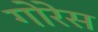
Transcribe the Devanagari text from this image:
गोरेस